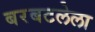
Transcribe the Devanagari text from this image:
बरबटलेला